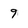
Character: 9